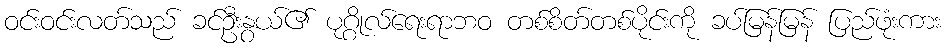
ဝင်းဝင်းလတ်သည် ခင်ဦးနွယ်၏ ပုဂ္ဂိုလ်ရေးရာဘဝ တစ်စိတ်တစ်ပိုင်းကို ခပ်မြန်မြန် ပြည်ဖုံးကား